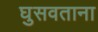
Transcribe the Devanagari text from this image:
घुसवताना